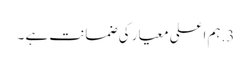
3.ہم اعلی معیار کی ضمانت ہے ۔